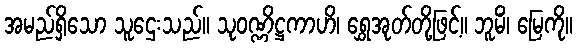
အမည်ရှိသော သူဌေးသည်။ သုဝဏ္ဏိဋ္ဌကာဟိ၊ ရွှေအုတ်တို့ဖြင့်။ ဘူမိံ၊ မြေကို။